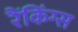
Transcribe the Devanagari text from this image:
रैंकिंग्स